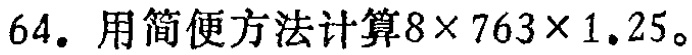
64. 用简便方法计算\(8\times 763\times 1.25\)。